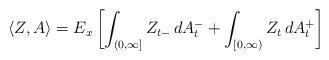
LaTeX: \begin{align*}\langle Z,A \rangle =E_x\left[\int_{(0,\infty]}Z_{t-}\,dA^-_t + \int_{[0,\infty)}Z_t\,dA^+_t\right] \end{align*}